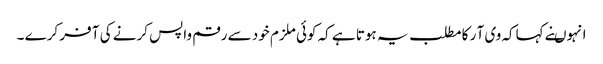
انہوںنے کہاکہ وی آ ر کا مطلب یہ ہوتا ہے کہ کوئی ملزم خود سے رقم واپس کرنے کی آ فر کرے ۔